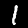
Label: 1